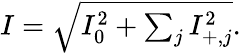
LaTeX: \begin{array}{r}{I=\sqrt{I_{0}^{2}+\sum_{j}{I_{+,j}^{2}}}.}\end{array}